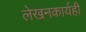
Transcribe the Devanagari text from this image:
लेखनकार्यही